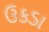
ઉકડા